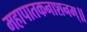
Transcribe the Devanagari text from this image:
महापातकनाशनम्‌॥